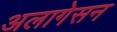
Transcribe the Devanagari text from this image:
अलागेसन